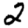
Digit: 2